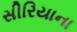
સીરિયાના